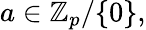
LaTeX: a\in\mathbb{Z}_{p}/\{ 0\} ,